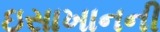
ઇસાખાનની